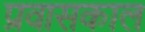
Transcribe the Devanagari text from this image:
प्रवासकाल